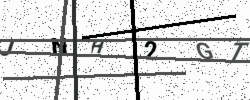
Text: JNH2GT